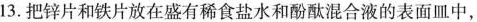
13.把锌片和铁片放在盛有稀食盐水和酚酞混合液的表面皿中，